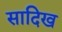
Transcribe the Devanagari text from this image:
सादिख